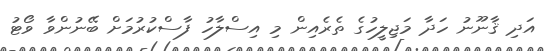
އަދި ޤާނޫނު ހަދާ މަޖިލީހުގެ ތެރެއިން މި އިސްލާހު ފާސްކުރުމަށް ބޭނުންވާ ވޯޓު